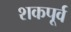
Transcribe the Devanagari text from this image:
शकपूर्व